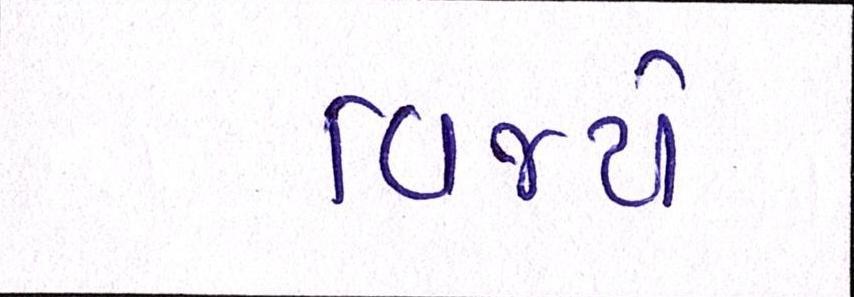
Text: વિજયે